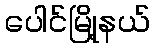
ပေါင်မြို့နယ်